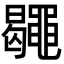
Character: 𪓮